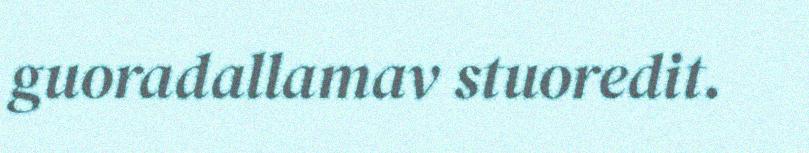
guoradallamav stuoredit.